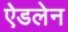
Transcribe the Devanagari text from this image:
ऐडलेन